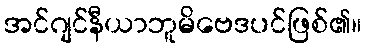
အင်ဂျင်နီယာဘူမိဗေဒပင်ဖြစ်၏။